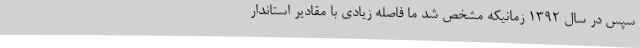
سپس در سال ۱۳۹۲ زمانیکه مشخص شد ما فاصله زیادی با مقادیر استاندار